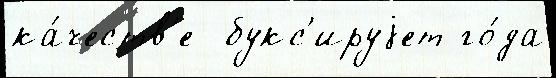
ка́честв'е  букс'ируjет го́да